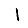
Digit: 1